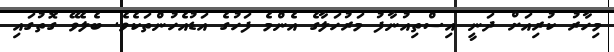
މިހާރު ކުރިއަށް ދަނީ އިސްތިއުނާފު މަރުހަލާގެ އެންމެ ފަހުގެ އަޑުއެހުންތަކެވެ. ބެލެވޭ ގޮތުގައި